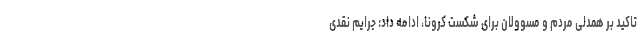
تاکید بر همدلی مردم و مسوولان برای شکست کرونا، ادامه داد: جرایم نقدی